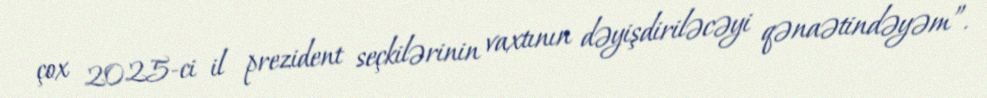
çox 2025-ci il prezident seçkilərinin vaxtının dəyişdiriləcəyi qənaətindəyəm”.